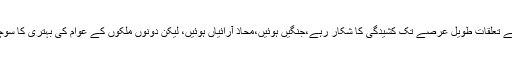
بھارت کے ساتھ پاکستان کے تعلقات طویل عرصے تک کشیدگی کا شکار رہے،جنگیں ہوئیں،محاذ آرائیاں ہوئیں، لیکن دونوں ملکوں کے عوام کی بہتری کا سوچنے کا کسی کو خیال نہ آیا۔